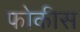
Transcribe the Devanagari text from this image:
फोकीस